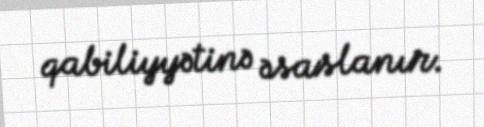
qabiliyyətinə əsaslanır.